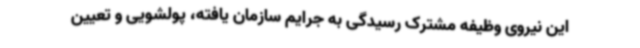
این نیروی وظیفه مشترک رسیدگی به جرایم سازمان یافته، پولشویی و تعیین